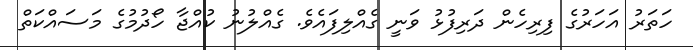
ހަތަރު އަހަރުގެ ފިރިހެން ދަރިފުޅު ވަނީ ގެއްލިފައެވެ. ގެއްލުނު ކުއްޖާ ހޯދުމުގެ މަސައްކަތް